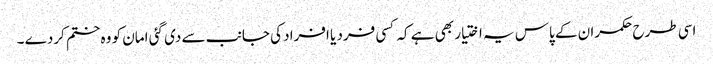
اسی طرح حکمران کے پاس یہ اختیار بھی ہے کہ کسی فرد یا افراد کی جانب سے دی گئی امان کو وہ ختم کردے ۔